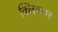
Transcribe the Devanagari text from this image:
क्लिकवर